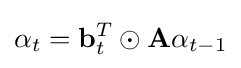
\mathbf {\alpha } _{t}=\mathbf {b} _{t}^{T}\odot \mathbf {A} \mathbf {\alpha } _{t-1}